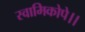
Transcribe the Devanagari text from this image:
स्वामिकोपे।।